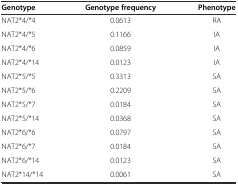
<table><thead><tr><td><b>Genotype</b></td><td><b>Genotype frequency</b></td><td><b>Phenotype</b></td></tr></thead><tbody><tr><td>NAT2*4/*4</td><td>0.0613</td><td>RA</td></tr><tr><td>NAT2*4/*5</td><td>0.1166</td><td>IA</td></tr><tr><td>NAT2*4/*6</td><td>0.0859</td><td>IA</td></tr><tr><td>NAT2*4/*14</td><td>0.0123</td><td>IA</td></tr><tr><td>NAT2*5/*5</td><td>0.3313</td><td>SA</td></tr><tr><td>NAT2*5/*6</td><td>0.2209</td><td>SA</td></tr><tr><td>NAT2*5/*7</td><td>0.0184</td><td>SA</td></tr><tr><td>NAT2*5/*14</td><td>0.0368</td><td>SA</td></tr><tr><td>NAT2*6/*6</td><td>0.0797</td><td>SA</td></tr><tr><td>NAT2*6/*7</td><td>0.0184</td><td>SA</td></tr><tr><td>NAT2*6/*14</td><td>0.0123</td><td>SA</td></tr><tr><td>NAT2*14/*14</td><td>0.0061</td><td>SA</td></tr></tbody></table>